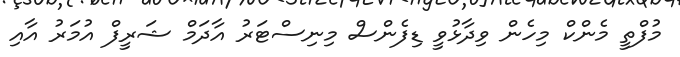
މުފްތީ މެންކް މިހެން ވިދާޅުވީ ޑިފެންސް މިނިސްޓަރު އާދަމް ޝަރީފް އުމަރު އާއި